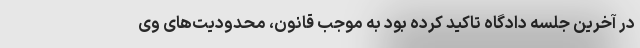
در آخرین جلسه دادگاه تاکید کرده بود به موجب قانون، محدودیت‌های وی